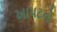
ખાપટનો